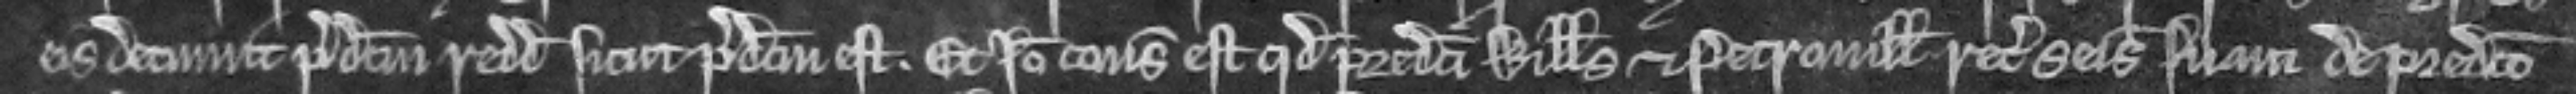
eis detinuit predictum redditum sicut predictum est. Et ideo consideratum est quod predicti Willelmus et Petronilla recuperent seisinam suam de predicto